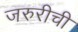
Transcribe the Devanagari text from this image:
जरुरीची